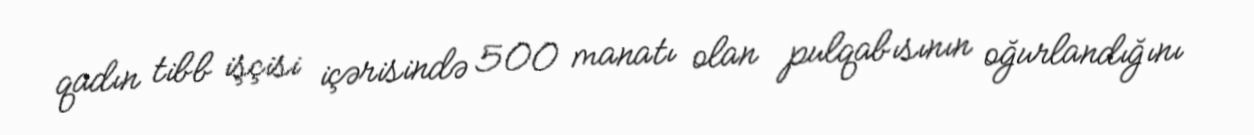
qadın tibb işçisi içərisində 500 manatı olan pulqabısının oğurlandığını